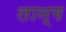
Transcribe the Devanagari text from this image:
लान्ग